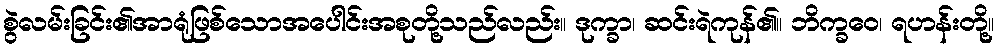
စွဲလမ်းခြင်း၏အာရုံဖြစ်သောအပေါင်းအစုတို့သည်လည်း။ ဒုက္ခာ၊ ဆင်းရဲကုန်၏။ ဘိက္ခဝေ၊ ရဟန်းတို့။